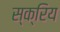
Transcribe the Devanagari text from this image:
स्क्रिय